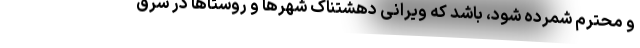
و محترم شمرده شود، باشد که ویرانی دهشتناک شهرها و روستاها در شرق